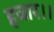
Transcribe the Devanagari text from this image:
हजार।।